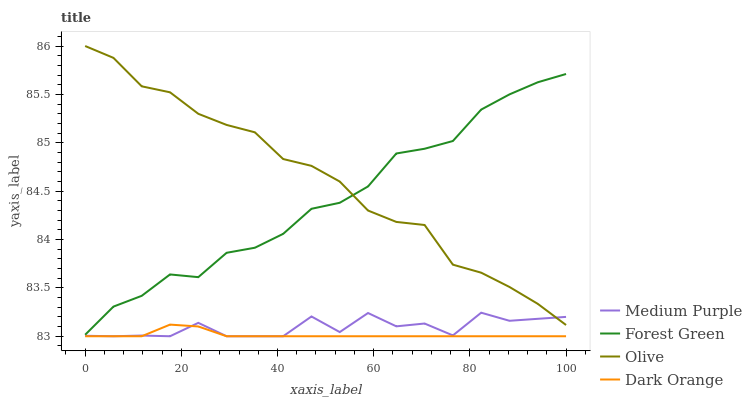
| xaxis_label | Medium Purple | Forest Green | Olive | Dark Orange |
 | --- | --- | --- | --- | --- |
 | 0 | 83 | 83 | 86 | 83 |
 | 5.88 | 83 | 83.3 | 85.9 | 83 |
 | 11.8 | 83 | 83.4 | 85.6 | 83 |
 | 17.6 | 83 | 83.6 | 85.5 | 83.1 |
 | 23.5 | 83.1 | 83.6 | 85.3 | 83.1 |
 | 29.4 | 83 | 83.9 | 85.2 | 83 |
 | 35.3 | 83 | 83.9 | 85.1 | 83 |
 | 41.2 | 83 | 84.1 | 84.8 | 83 |
 | 47.1 | 83.2 | 84.3 | 84.8 | 83 |
 | 52.9 | 83 | 84.4 | 84.6 | 83 |
 | 58.8 | 83.2 | 84.5 | 84.3 | 83 |
 | 64.7 | 83.1 | 84.9 | 84.2 | 83 |
 | 70.6 | 83.1 | 84.9 | 84.2 | 83 |
 | 76.5 | 83 | 85 | 83.7 | 83 |
 | 82.4 | 83.2 | 85.3 | 83.7 | 83 |
 | 88.2 | 83.2 | 85.5 | 83.5 | 83 |
 | 94.1 | 83.2 | 85.6 | 83.3 | 83 |
 | 100 | 83.2 | 85.7 | 83.1 | 83 |